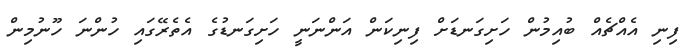
ފިނި އެއްޗެއް ބުއިމުން ހަށިގަނޑަށް ފިނިކަން އަންނަނީ ހަށިގަނޑުގެ އެތެރޭގައި ހުންނަ ހޫނުމިން